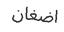
اضغان